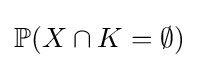
\mathbb {P} (X\cap K=\emptyset )